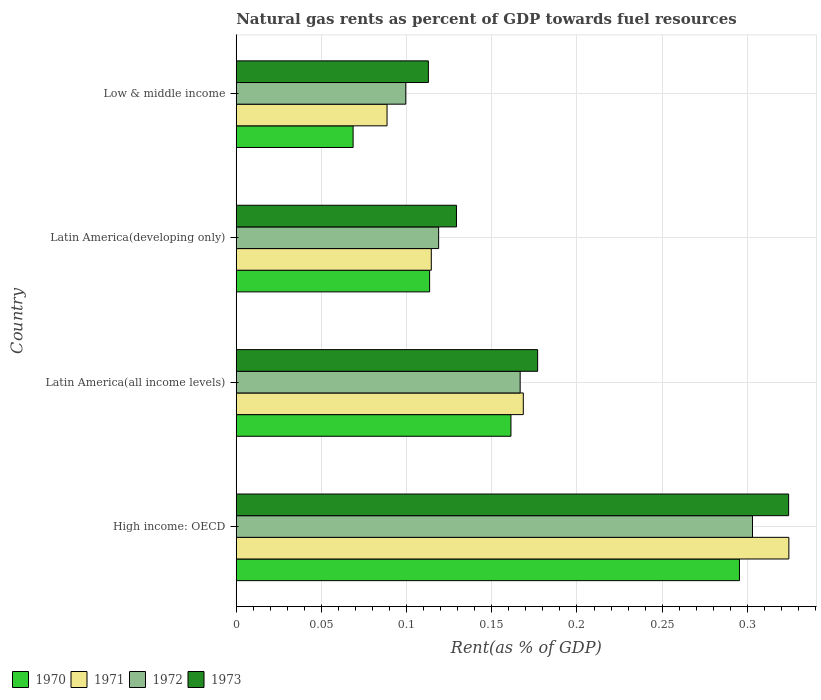
| Country | 1970 | 1971 | 1972 | 1973 |
 | --- | --- | --- | --- | --- |
 | High income: OECD | 0.295 | 0.324 | 0.303 | 0.324 |
 | Latin America(all income levels) | 0.161 | 0.168 | 0.167 | 0.177 |
 | Latin America(developing only) | 0.114 | 0.114 | 0.119 | 0.129 |
 | Low & middle income | 0.0686 | 0.0885 | 0.0995 | 0.113 |